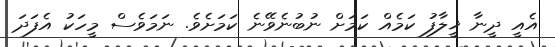
އެއީ ދީނާ ޚީލާފު ކަމެއް ކަމަށް ނުބުނެވޭނެ ކަމަށެވެ. ނަމަވެސް މީހަކު އެފަދަ